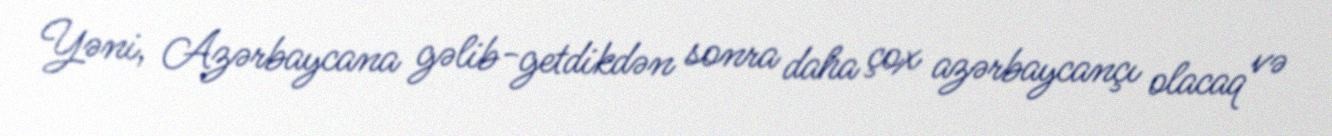
Yəni, Azərbaycana gəlib-getdikdən sonra daha çox azərbaycançı olacaq və